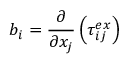
b _ { i } = \frac { \partial } { \partial x _ { j } } \left( \tau _ { i j } ^ { e x } \right)